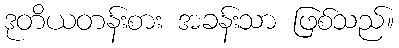
ဒုတိယတန်းစား အခန်းသာ ဖြစ်သည်။